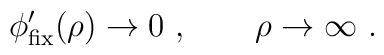
\phi' _{\rm fix} (\rho) \rightarrow 0 \ , \qquad \rho \rightarrow   \infty \ .